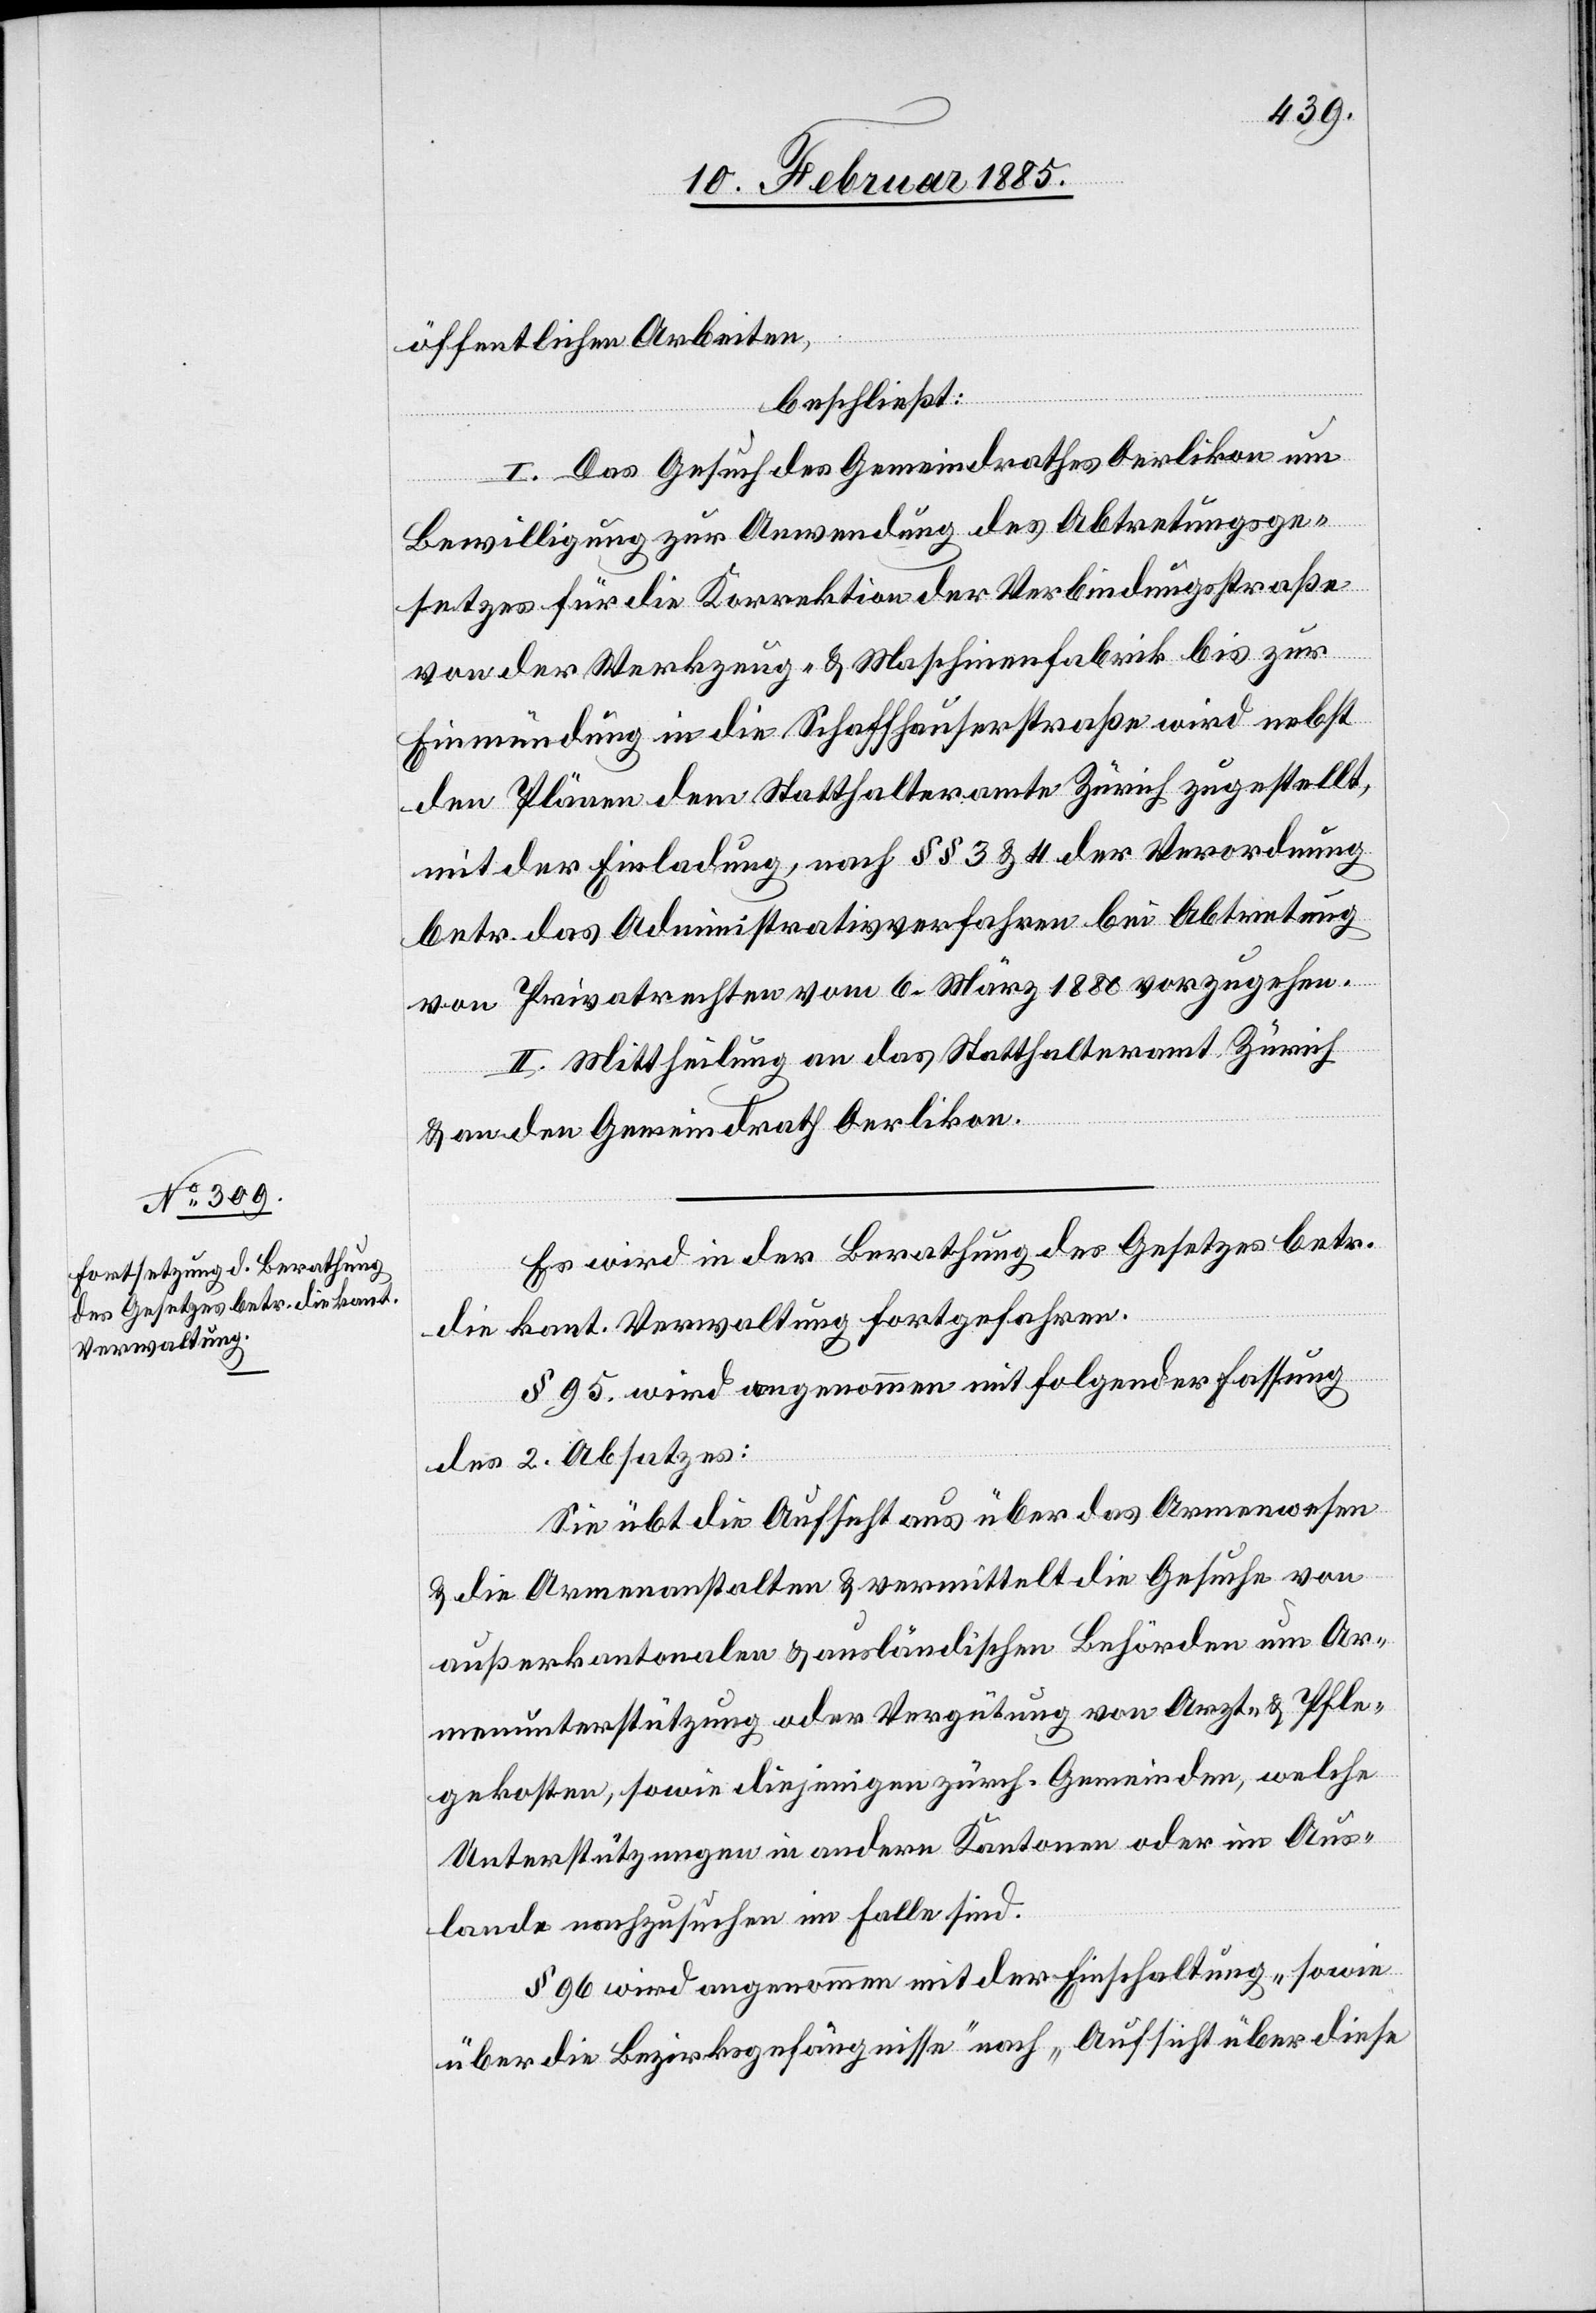
öffentlichen Arbeiten,
beschließt:
I. Das Gesuch des Gemeindrathes Oerlikon um
Bewilligung zur Anwendung des Abtretungsge¬
setzes für die Korrektion der Verbindungsstraße
von der Werkzeug- & Maschinenfabrik bis zur
Einmündung in die Schaffhauserstraße wird nebst
den Plänen dem Statthalteramte Zürich zugestellt,
mit der Einladung, nach §§ 3 & 4 der Verordnung
betr. das Administrativverfahren bei Abtretung
von Privatrechten vom 6. März 1880 vorzugehen.
II. Mittheilung an das Statthalteramt Zürich
& an den Gemeindrath Oerlikon.
Es wird in der Berathung des Gesetzes betr.
die kant. Verwaltung fortgefahren.
§ 95 wird angenommen mit folgender Fassung
des 2. Absatzes:
Sie übt die Aufsicht aus über das Armenwesen
& die Armenanstalten & vermittelt die Gesuche von
außerkantonalen & ausländischen Behörden um Ar¬
menunterstützung oder Vergütung von Arzt- & Pfle¬
gekosten, sowie diejenigen zürch. Gemeinden, welche
Unterstützungen in andern Kantonen oder im Aus¬
lande nachzusuchen im Falle sind.
§ 96 wird angenommen mit der Einschaltung „sowie
über die Bezirksgefängnisse“ nach „Aufsicht über diese